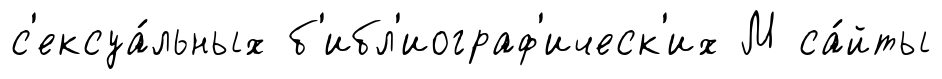
с'ексуа́льных б'ибл'иограф'ическ'их М са́йты